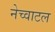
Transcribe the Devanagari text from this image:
नेच्वाटल